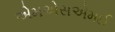
એમએસએમઈ